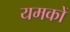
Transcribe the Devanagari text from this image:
यमकों